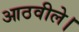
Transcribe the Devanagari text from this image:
आठवीले।